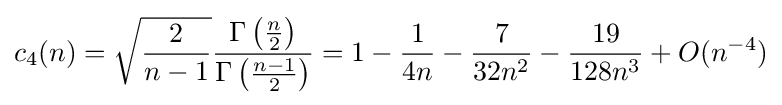
c_{4}(n)={\sqrt {\frac {2}{n-1}}}{\frac {\Gamma \left({\frac {n}{2}}\right)}{\Gamma \left({\frac {n-1}{2}}\right)}}=1-{\frac {1}{4n}}-{\frac {7}{32n^{2}}}-{\frac {19}{128n^{3}}}+O(n^{-4})